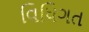
વિધિગત